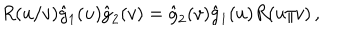
LaTeX: R ( u / v ) \hat { g } _ { 1 } ( u ) \hat { g } _ { 2 } ( v ) = \hat { g } _ { 2 } ( v ) \hat { g } _ { 1 } ( u ) R ( u / v ) \, ,